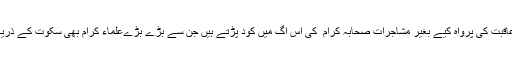
لوگ بے دھڑک اپنے ایمان اور عاقبت کی پرواہ کیے بغیر مشاجرات صحابہ کرام ؓ کی اس آگ میں کود پڑتے ہیں جن سے بڑے بڑےعلماء کرام بھی سکوت کے ذریعے اپنا دامن بچا کر گزرتے ہیں۔